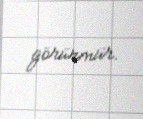
görünmür.